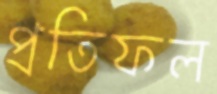
প্রতিফল